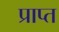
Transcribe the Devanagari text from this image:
प्राप्त